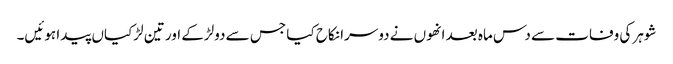
شوہر کی وفات سے دس ماہ بعد انھوں نے دوسرا نکاح کیا جس سے دولڑکے اور تین لڑکیاں پیدا ہوئیں۔